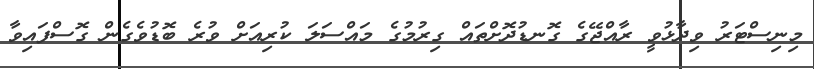
މިނިސްޓަރު ވިދާޅުވީ ރާއްޖޭގެ ގޮނޑުދޮށްތައް ގިރުމުގެ މައްސަލަ ކުރިއަށް ވުރެ ބޮޑުވެގެން ގޮސްފައިވާ